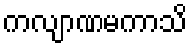
ကလျာဏမကာသိ